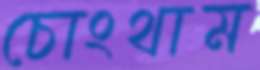
চোংথাম